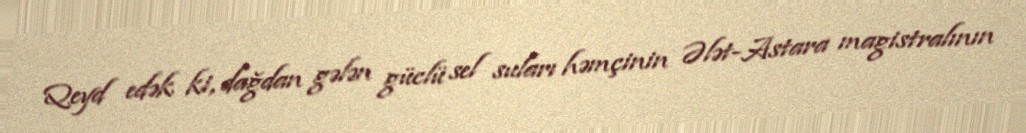
Qeyd edək ki, dağdan gələn güclü sel suları həmçinin Ələt-Astara magistralının